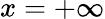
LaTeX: x=+\infty